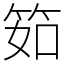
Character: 筎